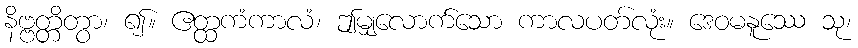
နိဗ္ဗတ္တိတွာ၊ ၍။ ဧတ္ထကံကာလံ၊ ဤမျှလောက်သော ကာလပတ်လုံး။ ဒေဝမနူဿေ သု၊